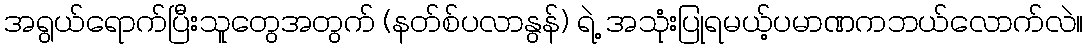
အရွယ်ရောက်ပြီးသူတွေအတွက် (နတ်စ်ပလာနွန်) ရဲ့ အသုံးပြုရမယ့်ပမာဏကဘယ်လောက်လဲ။